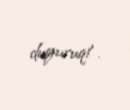
duyuruq!.